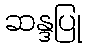
ဆန္ဒပြု